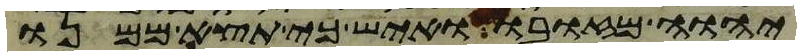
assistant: יהוה מזובו ואיש כי תצא ממנו